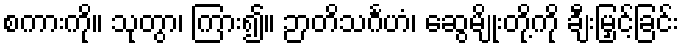
စကားကို။ သုတွာ၊ ကြား၍။ ဉာတိသင်္ဂဟံ၊ ဆွေမျိုးတို့ကို ချီးမြှင့်ခြင်း